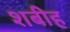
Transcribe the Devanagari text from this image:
शबीह